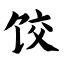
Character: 饺